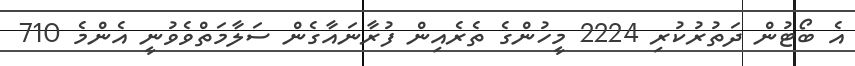
އެ ބޯޓުން ދަތުރުކުރި 2224 މީހުންގެ ތެރެއިން ފުރާނައާގެން ސަލާމަތްވެވުނީ އެންމެ 710